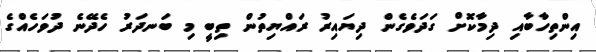
އިންތިހާބާއި ދިމާކޮށް ގަދަވެގެން ދިޔައިރު ރައްޔިތުން ތިބީ މި ބަނދަރު ހެދޭނެ ދުވަހެއްގެ